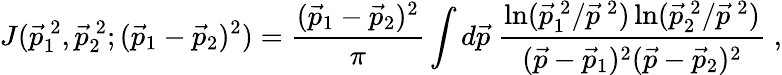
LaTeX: J(\vec{p}_{1}^{\: 2},\vec{p}_{2}^{\: 2};(\vec{p}_{1}-\vec{p}_{2})^{2})=\frac{(\vec{p}_{1}-\vec{p}_{2})^{2}}{\pi}\int d\vec{p}\; \frac{\ln(\vec{p}_{1}^{\: 2}/\vec{p}^{\: 2})\ln(\vec{p}_{2}^{\: 2}/\vec{p}^{\: 2})}{(\vec{p}-\vec{p}_{1})^{2}(\vec{p}-\vec{p}_{2})^{2}}\; ,